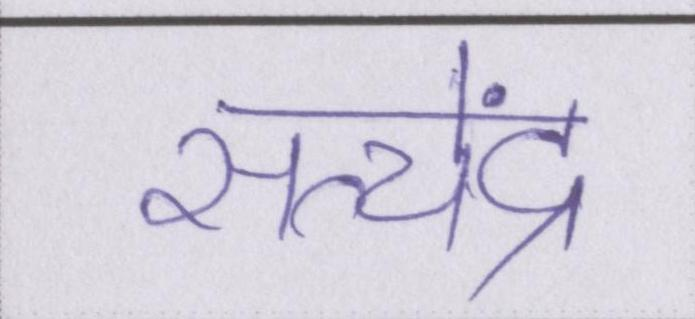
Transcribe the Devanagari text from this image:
सत्येंद्र